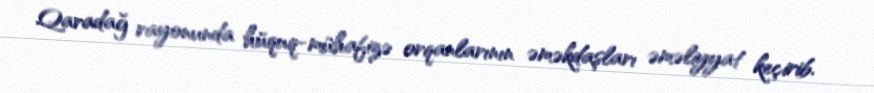
Qaradağ rayonunda hüquq-mühafizə orqanlarının əməkdaşları əməliyyat keçirib.